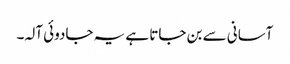
آسانی سے بن جاتا ہے یہ جادوئی آلہ۔